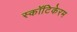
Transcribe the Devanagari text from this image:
स्कॉटिकेरम